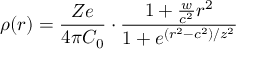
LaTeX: \rho ( r ) = \frac { Z e } { 4 \pi C _ { 0 } } \cdot \frac { 1 + \frac { w } { c ^ { 2 } } r ^ { 2 } } { 1 + e ^ { ( r ^ { 2 } - c ^ { 2 } ) / z ^ { 2 } } }